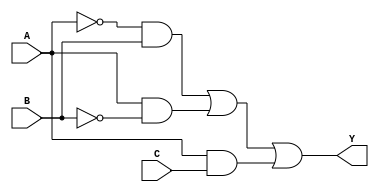
module sop_simplification (
    input wire A,  // Input A
    input wire B,  // Input B
    input wire C,  // Input C
    output wire Y  // Output Y
);

// Intermediate signals for product terms
wire A_not;      // NOT A
wire B_not;      // NOT B
wire term1;     // A'B
wire term2;     // AB'
wire term3;     // AC

// NOT gates for A and B
not (A_not, A);
not (B_not, B);

// AND gates for product terms
and (term1, A_not, B);  // A'B
and (term2, A, B_not);   // AB'
and (term3, A, C);       // AC

// OR gate for final output
or (Y, term1, term2, term3); // Y = A'B + AB' + AC

endmodule